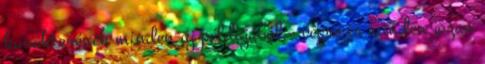
karakterének minden új példájából - végre is minden józan